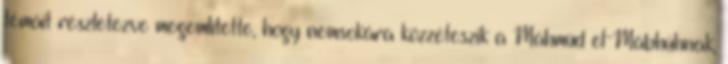
témáit részletezve megemlítette, hogy nemsokára közzéteszik a Máhmúd el-Mábhúhnak,